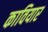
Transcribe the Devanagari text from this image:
कावियार